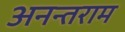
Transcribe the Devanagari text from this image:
अनन्तराम